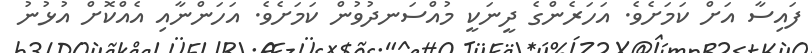
ފައިސާ އަށް ކަމަށެވެ. އަހަރެންގެ ދީނަކީ މުއްސަނދުވުުން ކަމަށެވެ. އަހަންނާއި އެއްކޮށް އުޅުނު